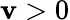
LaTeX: \mathbf{v}>0